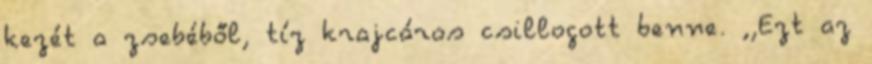
kezét a zsebéből, tíz krajcáros csillogott benne. ,,Ezt az